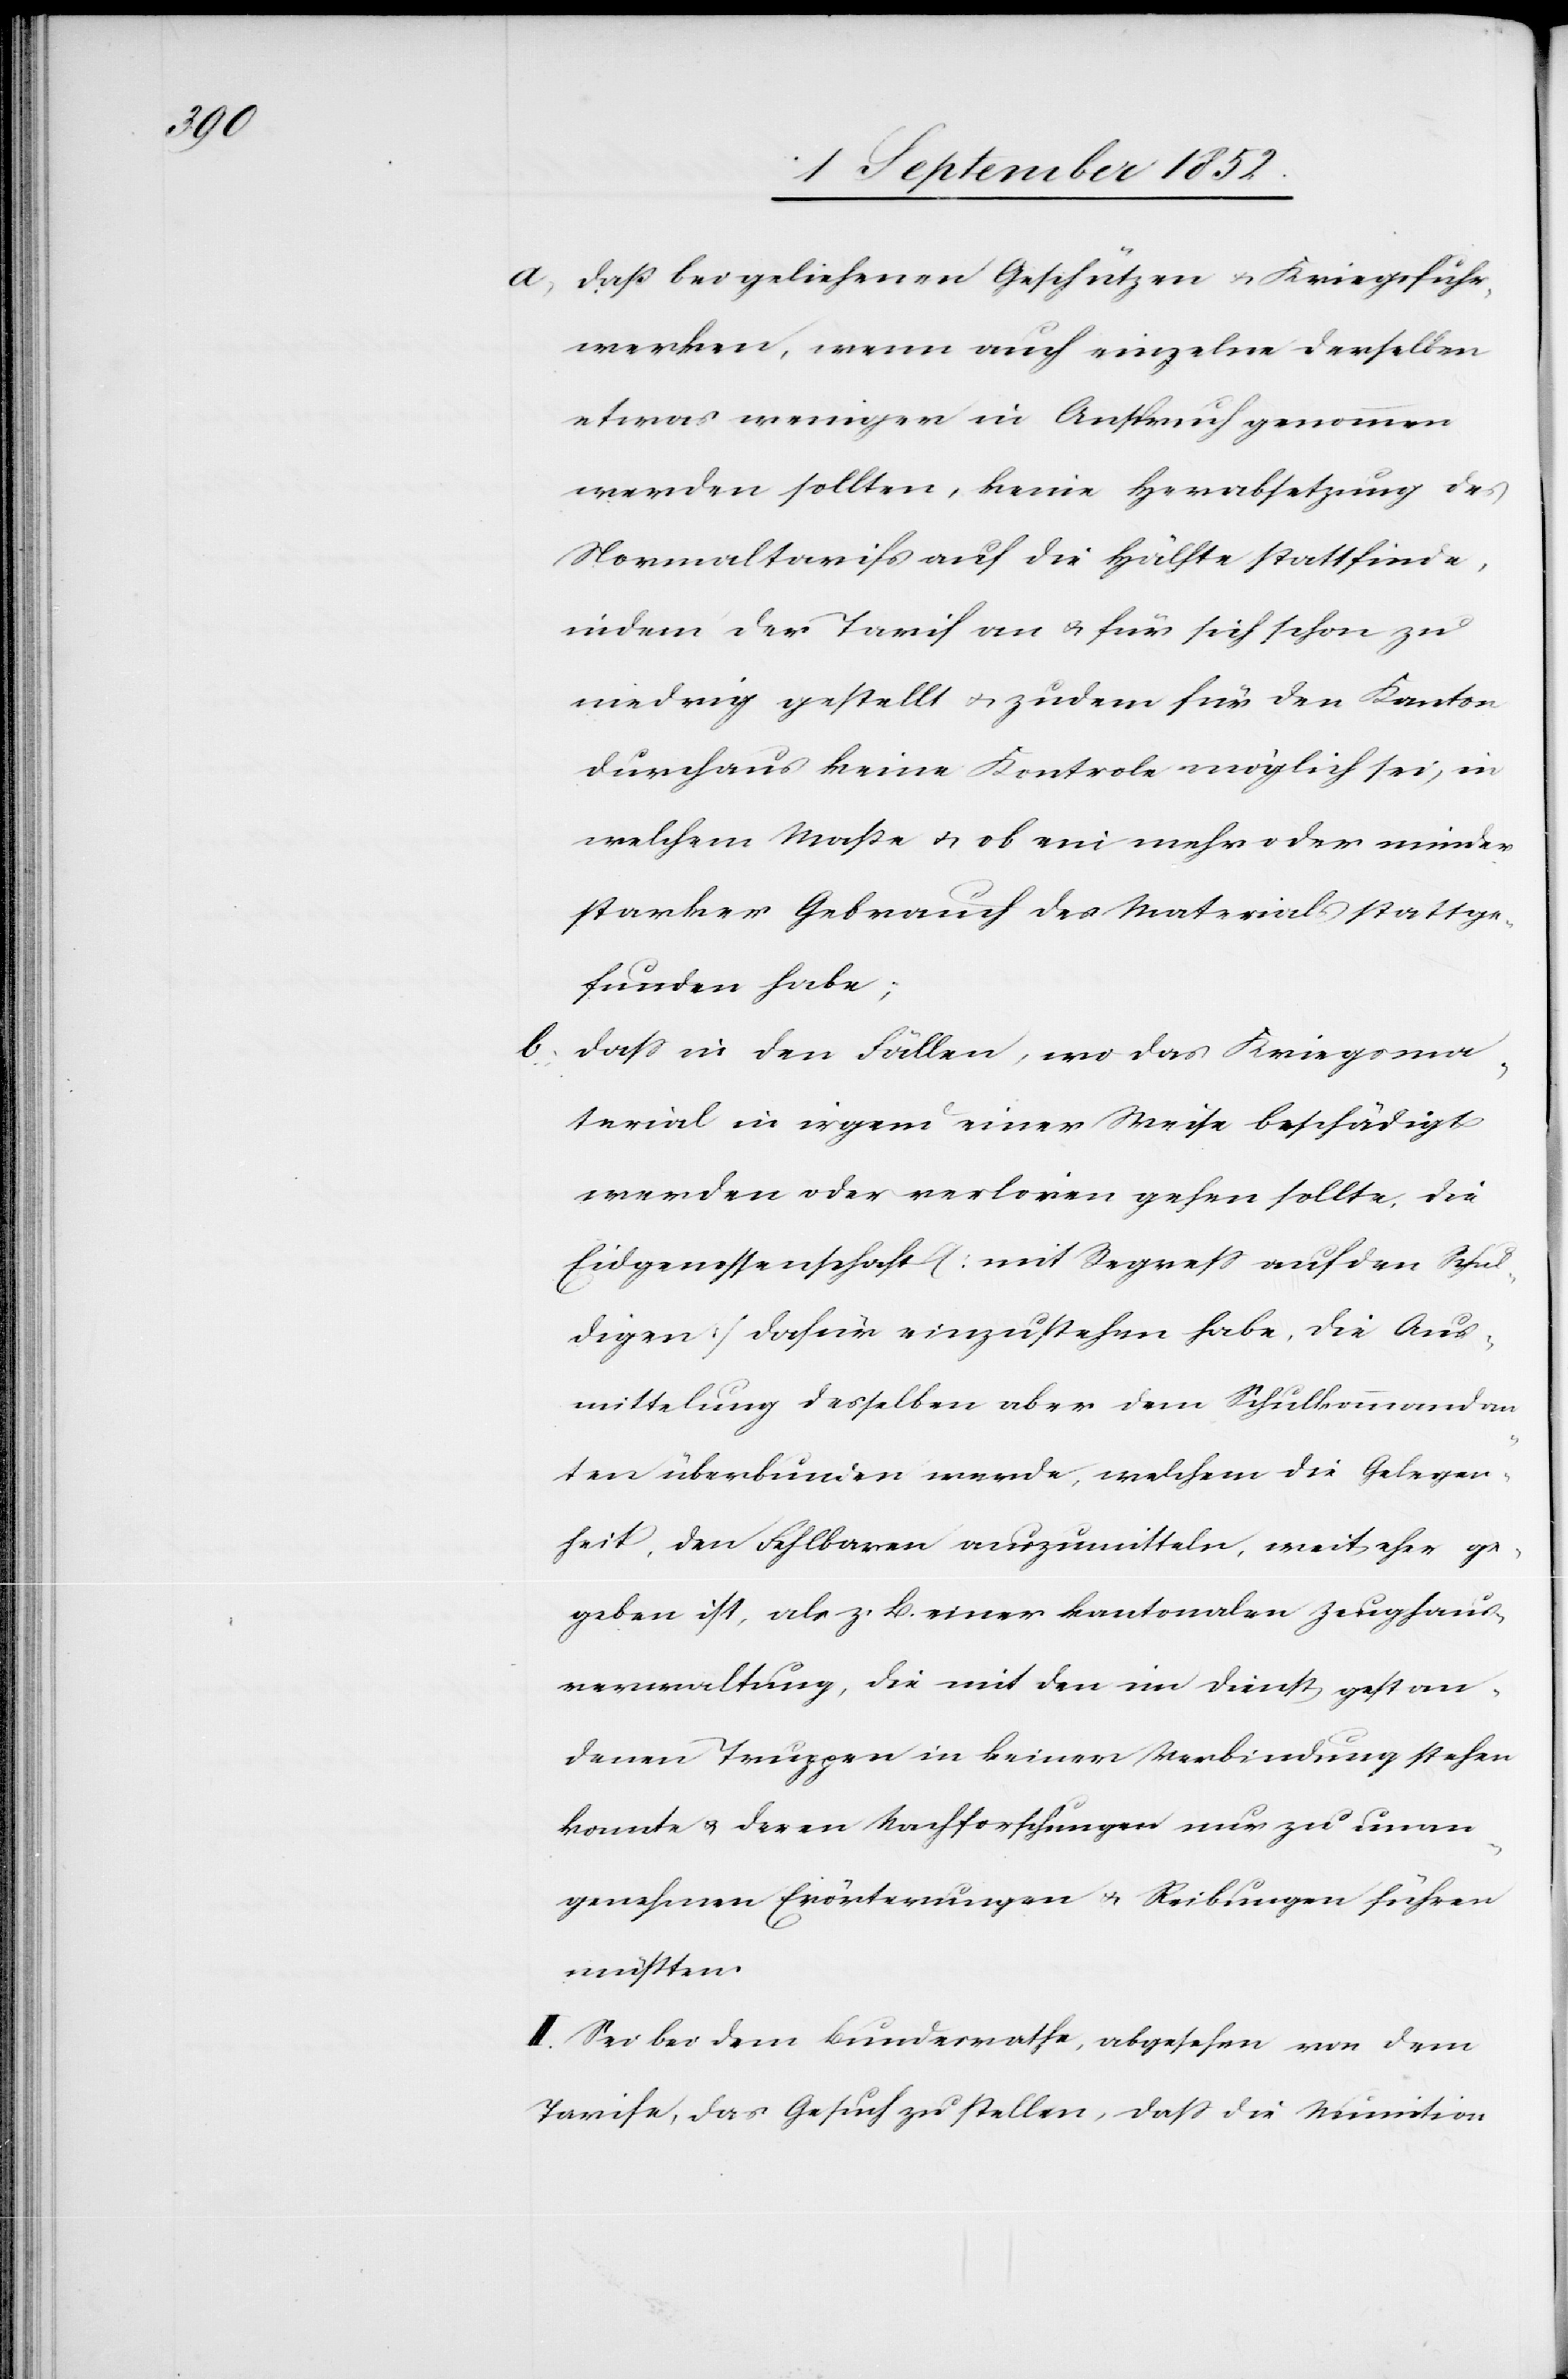
a,

daß bei geliehenen Geschützen & Kriegsfuhr¬
werken, wenn auch einzelne derselben
etwas weniger in Anspruch genommen
werden sollten, keine Herabsetzung des
Normaltarifs auf die Hälfte stattfinde,
indem der Tarif an & für sich schon zu
niedrig gestellt & zudem für den Kanton
durchaus keine Kontrole möglich sei, in
welchem Maße & ob ein mehr oder minder
starker Gebrauch des Materials stattge¬
funden habe;
dass in den Fällen, wo das Kriegsma¬
terial in irgend einer Weise beschädigt
werden oder verloren gehen sollte, die
Eidgenossenschaft (mit Regress auf den Schul¬
digen) dafür einzustehen habe, die Aus¬
mittelung desselben aber dem Schulkommandan¬
ten überbunden werde, welchem die Gelegen¬
heit, den Fehlbaren auszumitteln, weit eher ge¬
geben ist, als z. B. einer kantonalen Zeughaus¬
verwaltung, die mit den im Dienst gestan¬
denen Truppen in keiner Verbindung stehen
konnte & deren Nachforschungen nur zu unan¬
genehmen Erörterungen & Reibungen führen
II. Sei bei dem Bundesrathe, abgesehen von dem
Tarife, das Gesuch zu stellen, dass die Munition